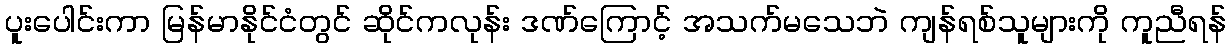
ပူးပေါင်းကာ မြန်မာနိုင်ငံတွင် ဆိုင်ကလုန်း ဒဏ်ကြောင့် အသက်မသေဘဲ ကျန်ရစ်သူများကို ကူညီရန်